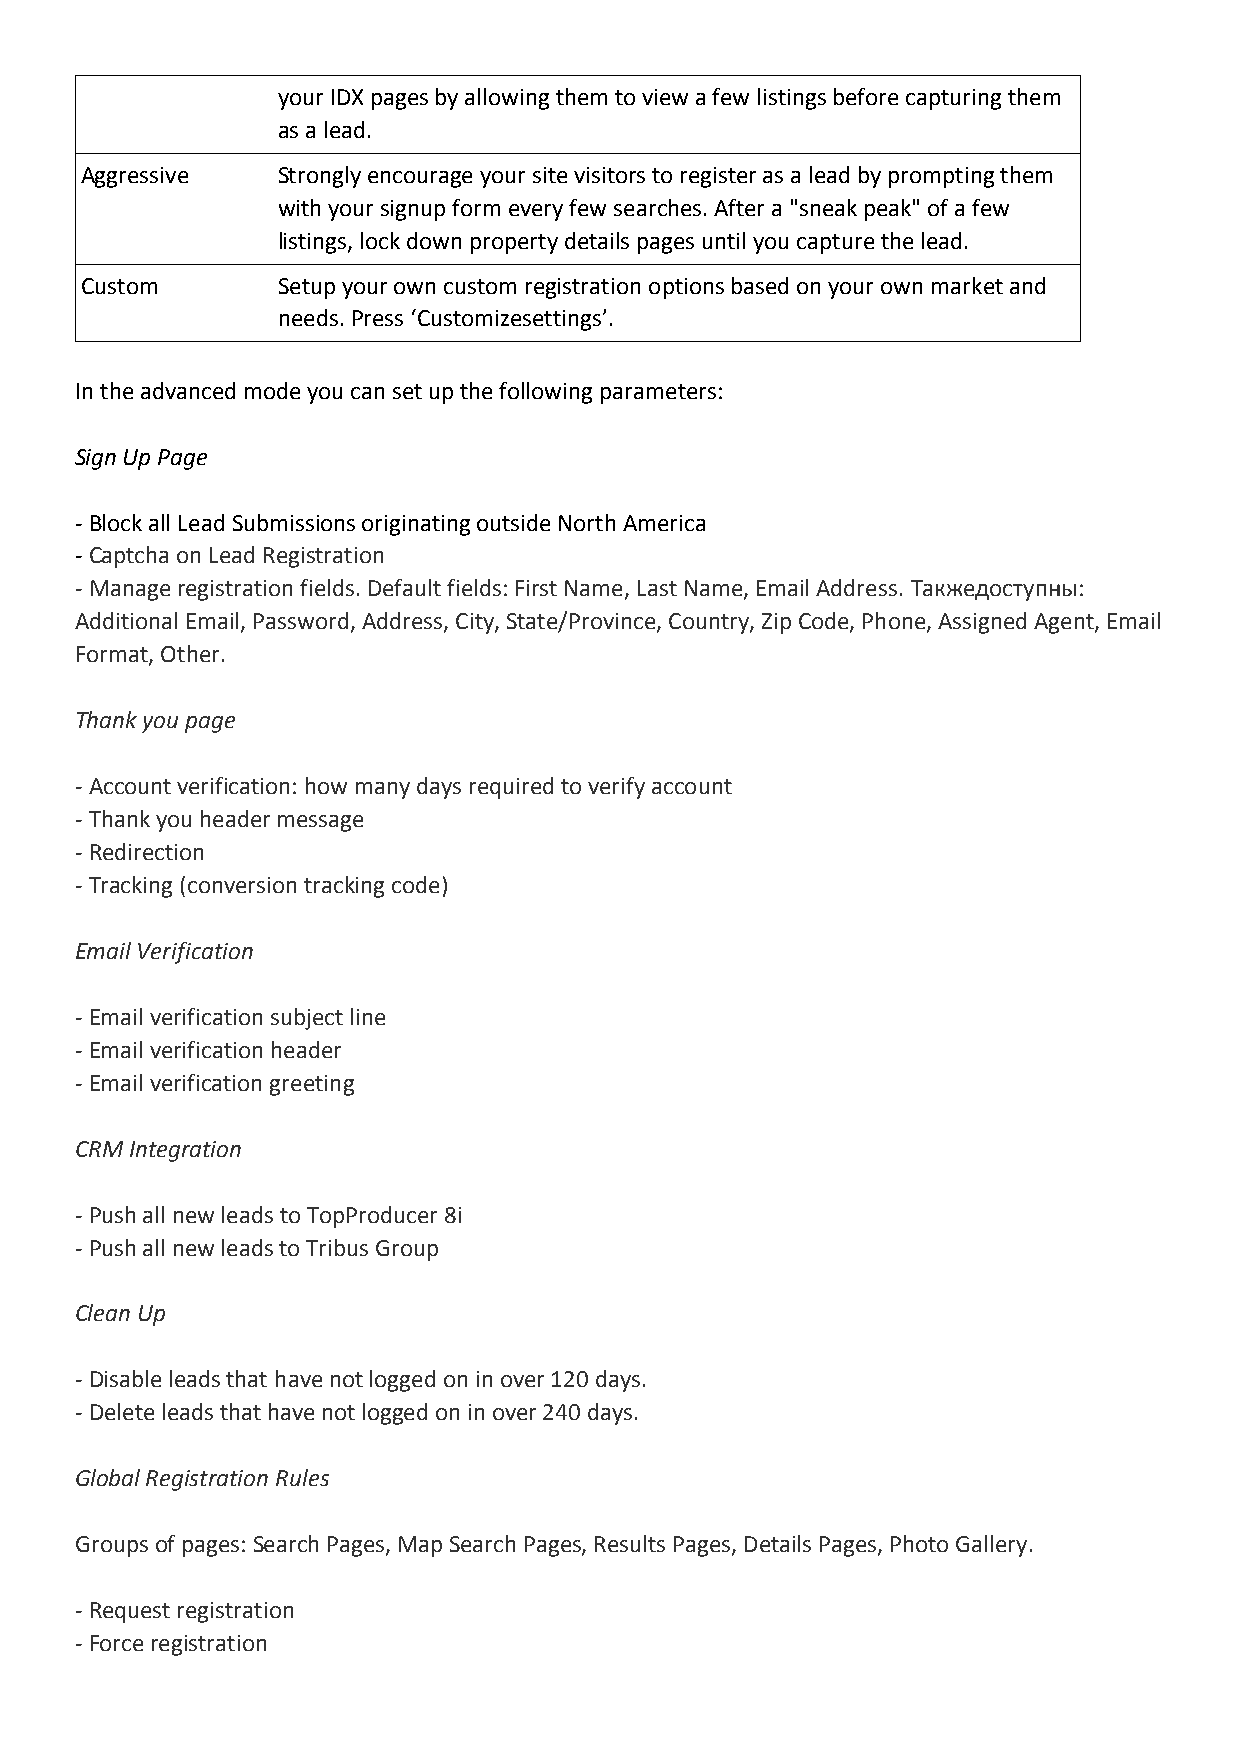
your IDX pages by allowing them to view a few listings before capturing them
 as a lead.
 Aggressive   Strongly encourage your site visitors to register as a lead by prompting them
 with your signup form every few searches. After a "sneak peak" of a few
 listings, lock down property details pages until you capture the lead.
 Custom       Setup your own custom registration options based on your own market and
 needs. Press ‘Customizesettings’.
 In the advanced mode you can set up the following parameters:
 Sign Up Page
 - Block all Lead Submissions originating outside North America
 - Captcha on Lead Registration
 - Manage registration fields. Default fields: First Name, Last Name, Email Address. Такжедоступны:
 Additional Email, Password, Address, City, State/Province, Country, Zip Code, Phone, Assigned Agent, Email
 Format, Other.
 Thank you page
 - Account verification: how many days required to verify account
 - Thank you header message
 - Redirection
 - Tracking (conversion tracking code)
 Email Verification
 - Email verification subject line
 - Email verification header
 - Email verification greeting
 CRM Integration
 - Push all new leads to TopProducer 8i
 - Push all new leads to Tribus Group
 Clean Up
 - Disable leads that have not logged on in over 120 days.
 - Delete leads that have not logged on in over 240 days.
 Global Registration Rules
 Groups of pages: Search Pages, Map Search Pages, Results Pages, Details Pages, Photo Gallery.
 - Request registration
 - Force registration